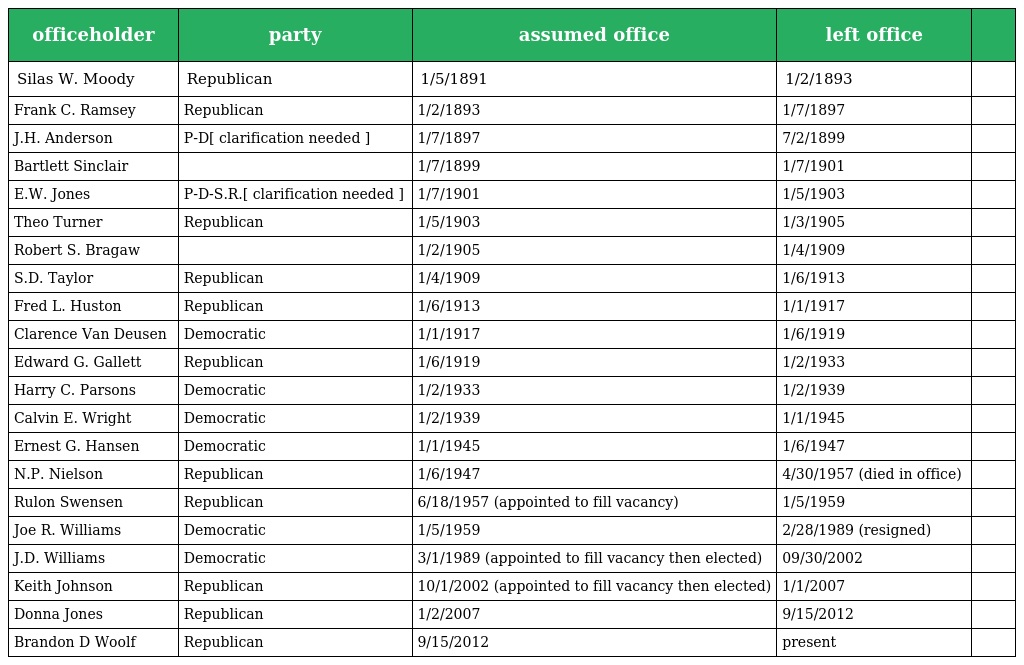
| officeholder | party | assumed office | left office |  |
 | --- | --- | --- | --- | --- |
 | Silas W. Moody | Republican | 1/5/1891 | 1/2/1893 |  |
 | Frank C. Ramsey | Republican | 1/2/1893 | 1/7/1897 |  |
 | J.H. Anderson | P-D[ clarification needed ] | 1/7/1897 | 7/2/1899 |  |
 | Bartlett Sinclair |  | 1/7/1899 | 1/7/1901 |  |
 | E.W. Jones | P-D-S.R.[ clarification needed ] | 1/7/1901 | 1/5/1903 |  |
 | Theo Turner | Republican | 1/5/1903 | 1/3/1905 |  |
 | Robert S. Bragaw |  | 1/2/1905 | 1/4/1909 |  |
 | S.D. Taylor | Republican | 1/4/1909 | 1/6/1913 |  |
 | Fred L. Huston | Republican | 1/6/1913 | 1/1/1917 |  |
 | Clarence Van Deusen | Democratic | 1/1/1917 | 1/6/1919 |  |
 | Edward G. Gallett | Republican | 1/6/1919 | 1/2/1933 |  |
 | Harry C. Parsons | Democratic | 1/2/1933 | 1/2/1939 |  |
 | Calvin E. Wright | Democratic | 1/2/1939 | 1/1/1945 |  |
 | Ernest G. Hansen | Democratic | 1/1/1945 | 1/6/1947 |  |
 | N.P. Nielson | Republican | 1/6/1947 | 4/30/1957 (died in office) |  |
 | Rulon Swensen | Republican | 6/18/1957 (appointed to fill vacancy) | 1/5/1959 |  |
 | Joe R. Williams | Democratic | 1/5/1959 | 2/28/1989 (resigned) |  |
 | J.D. Williams | Democratic | 3/1/1989 (appointed to fill vacancy then elected) | 09/30/2002 |  |
 | Keith Johnson | Republican | 10/1/2002 (appointed to fill vacancy then elected) | 1/1/2007 |  |
 | Donna Jones | Republican | 1/2/2007 | 9/15/2012 |  |
 | Brandon D Woolf | Republican | 9/15/2012 | present |  |